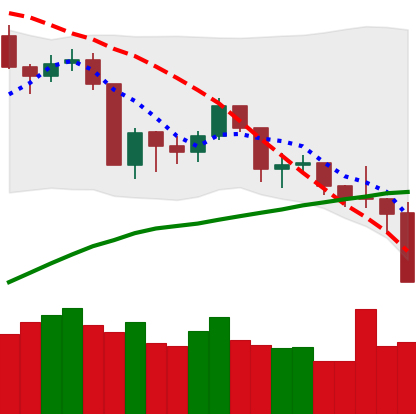
Ticker: BNB-USD
Chart end date: 2019-08-28
Forward return: -3.948%
Label: down_3_5